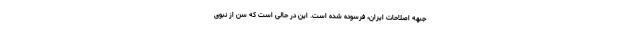
جبهه اصلاحات ایران، فرسوده شده است. این در حالی است که سن از نبوی